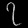
Digit: ၇